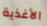
الأغذية